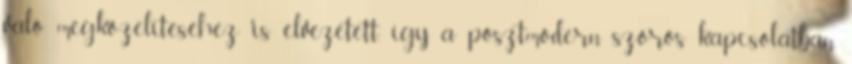
való megközelítéséhez is elvezetett, így a posztmodern szoros kapcsolatban